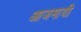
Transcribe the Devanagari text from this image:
आजमायी